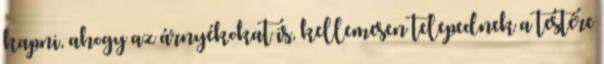
kapni, ahogy az árnyékokat is, kellemesen telepednek a testére